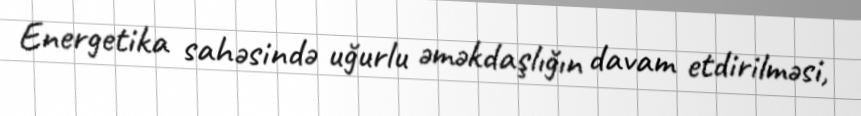
Energetika sahəsində uğurlu əməkdaşlığın davam etdirilməsi,